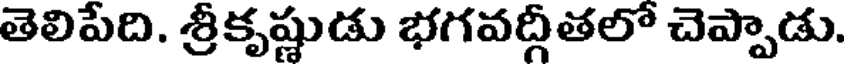
తెలిపేది. శ్రీకృష్ణుడు భగవద్గీతలో చెప్పాడు.